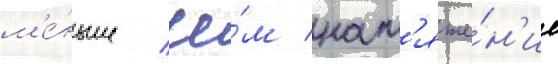
м'е́ньше / че́м нат'яже́н'ие